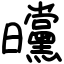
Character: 曭